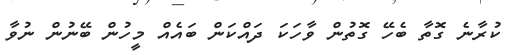
ކުރާނެ ގޮތާ ބެހޭ ގޮތުން ވާހަކަ ދައްކަން ބައެއް މީހުން ބޭނުން ނުވާ